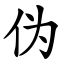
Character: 伪